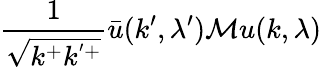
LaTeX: \frac{1}{\sqrt{k^{+}k^{'+}}}\bar{u}(k^{\prime},\lambda^{\prime}){\cal M}u(k,\lambda)